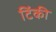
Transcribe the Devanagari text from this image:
टिंकी